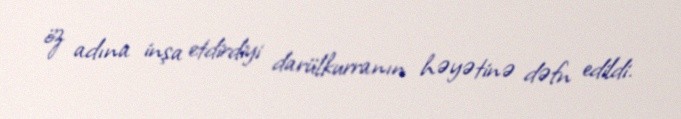
öz adına inşa etdirdiyi darülkurranın həyətinə dəfn edildi.